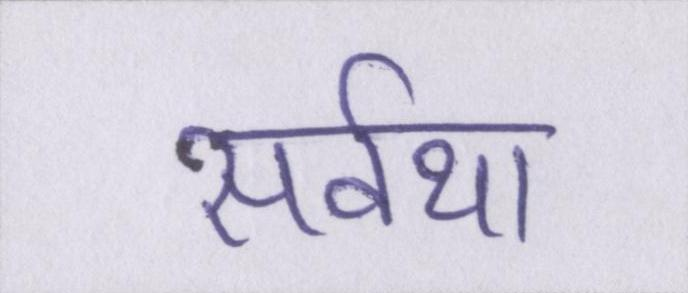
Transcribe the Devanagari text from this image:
सर्वथा